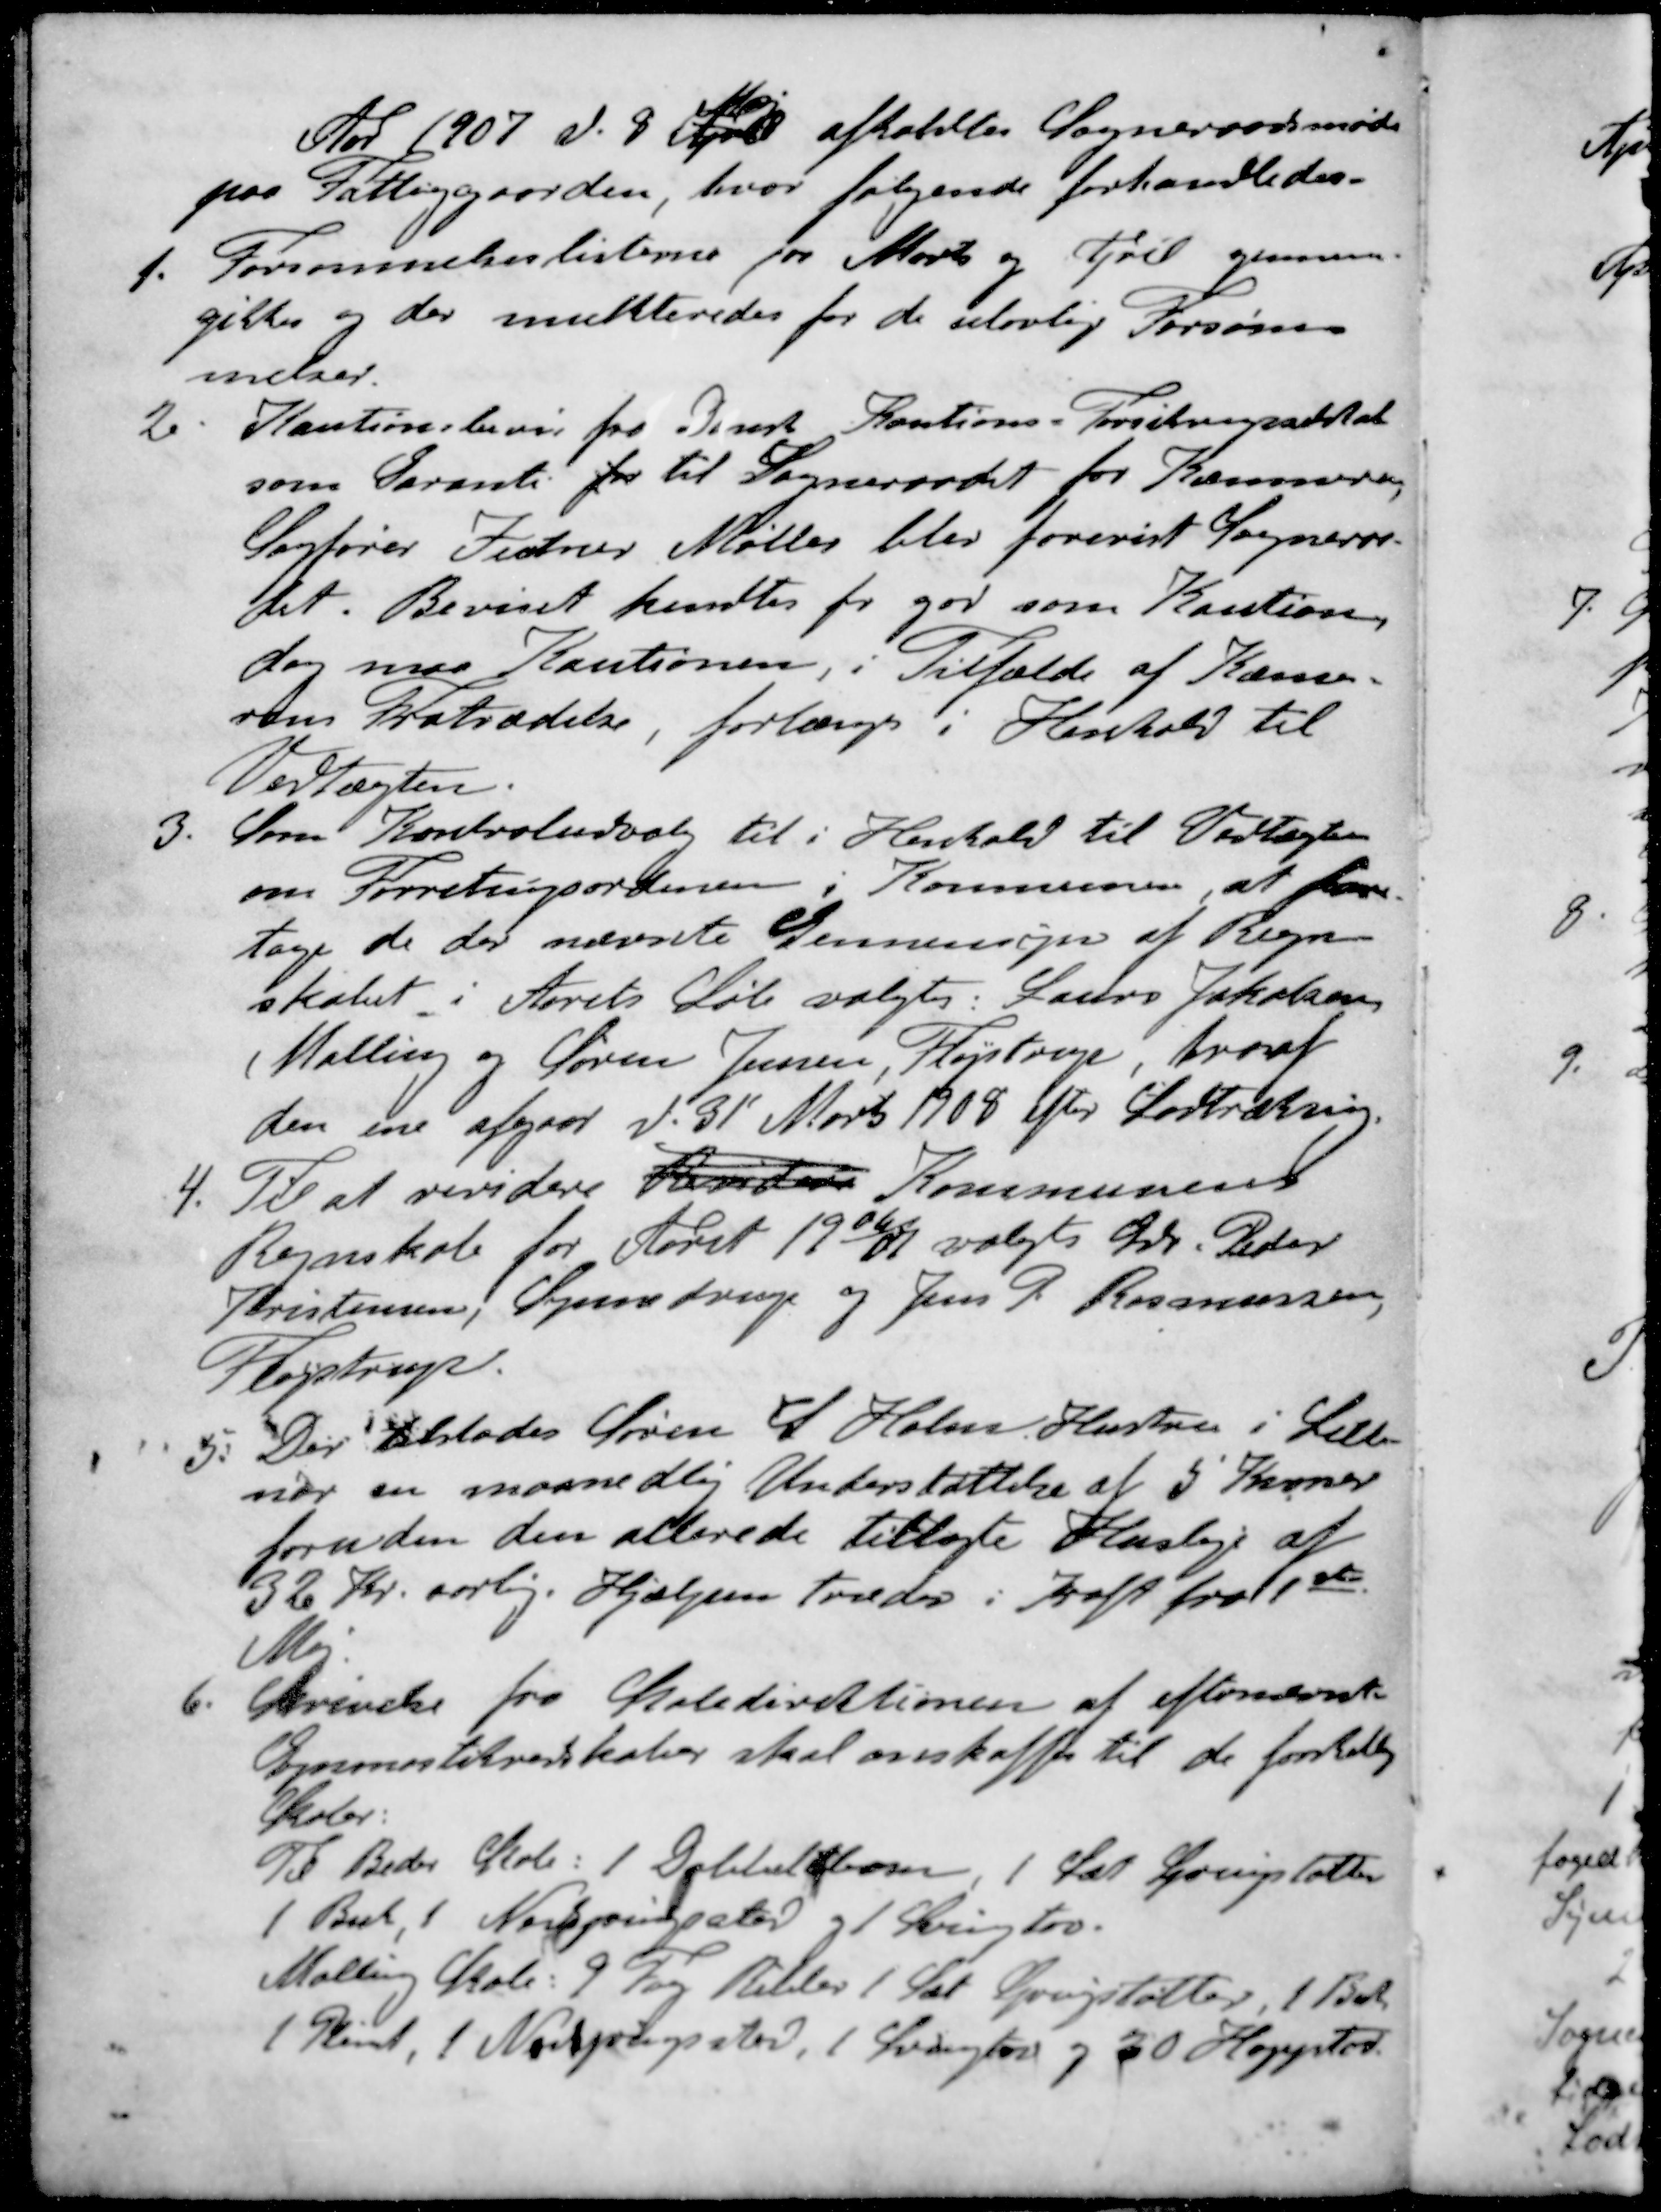
Transskription:
Maj
Aar 1907 d. 8 April afholdtes Sogneraadsmøde
paa Fattiggaarden, hvor følgende forhandledes.
1. Forsømmelseslisterne for Marts og April gennem-
gikkes og der mulkteredes for de ulovlig Forsøm-
melser.
2. Kautionsbevis fra Dansk Kautions-Forsikringsselskab
som Garanti for til Sogneraadet for Kæmneren
Sagfører Zeutner Møller blev forevist Sognerå-
det. Beviset kendtes for god som Kaution,
dog maa Kautionen, i Tilfælde af Kasse-
rens Fratrædelse, forlænges i Henhold til
Vedtægten.
3. Som Kontroludvalg til i Henhold til Vedtægten
om Forretningsordenen i Kommunen, at fore-
tage de der nævnte Gennemsyn af Regn-
skabet i Aarets Løb valgtes: Laurs Jakobsen
Malling og Søren Jensen, Fløjstrup hvoraf
den ene afgaar d. 31' Marts 1908 efter Lodtrækning.
4. Til at revidere Revidere Kommunens
Regnskab for Aaret 1906/07 valgtes Gdr. Peder
Kristensen, Synnedrup og Jens P. Rasmussen,
Fløjstrup.
5. Der tilstodes Søren S Holms Hustru i Lille-
nor en maanedlig Understøttelse af 5 Kroner
foruden den allerede tillagte Husleje af 
32 Kr. aarlig. Hjælpen træder i Kraft fra 1ste
Maj
6. Skrivelse fra Skoledirektionen af efternævnte
Gymnastikredskaber skal anskaffes til de forskellig
Skoler.
Til Beder Skole: 1 Dobbeltbom, 1 Sæt Springstøtter
1 Buk, 1 Nedspringssted og 1 Svingtov.
Malling Skole. 9 Fag Ribber 1 Sæt Springstøtter, 1 Buk
1 Plint, 1 Nedspringssted, 1 Svingtov og 20 Hoppetov